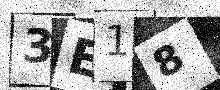
Text: 3E18